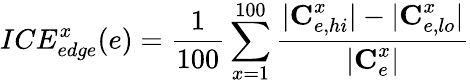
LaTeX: ICE_{edge}^{x}(e)=\frac{1}{100}\sum_{x=1}^{100}\frac{|\textbf{C}_{e,hi}^{x}|-|\textbf{C}_{e,lo}^{x}|}{|\textbf{C}_{e}^{x}|}